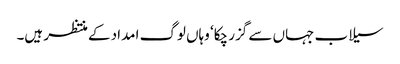
سیلاب جہاں سے گزر چکا‘ وہاں لوگ امداد کے منتظر ہیں۔